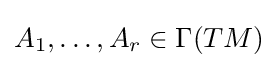
A_{1},\dots ,A_{r}\in \Gamma (TM)